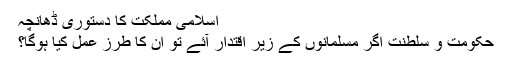
اسلامی مملکت کا دستوری ڈھانچہ
حکومت و سلطنت اگر مسلمانوں کے زیر اقتدار آئے تو ان کا طرز عمل کیا ہوگا؟